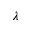
\lambda